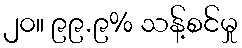
၂၀။ ၉၉.၉% သန့်စင်မှု